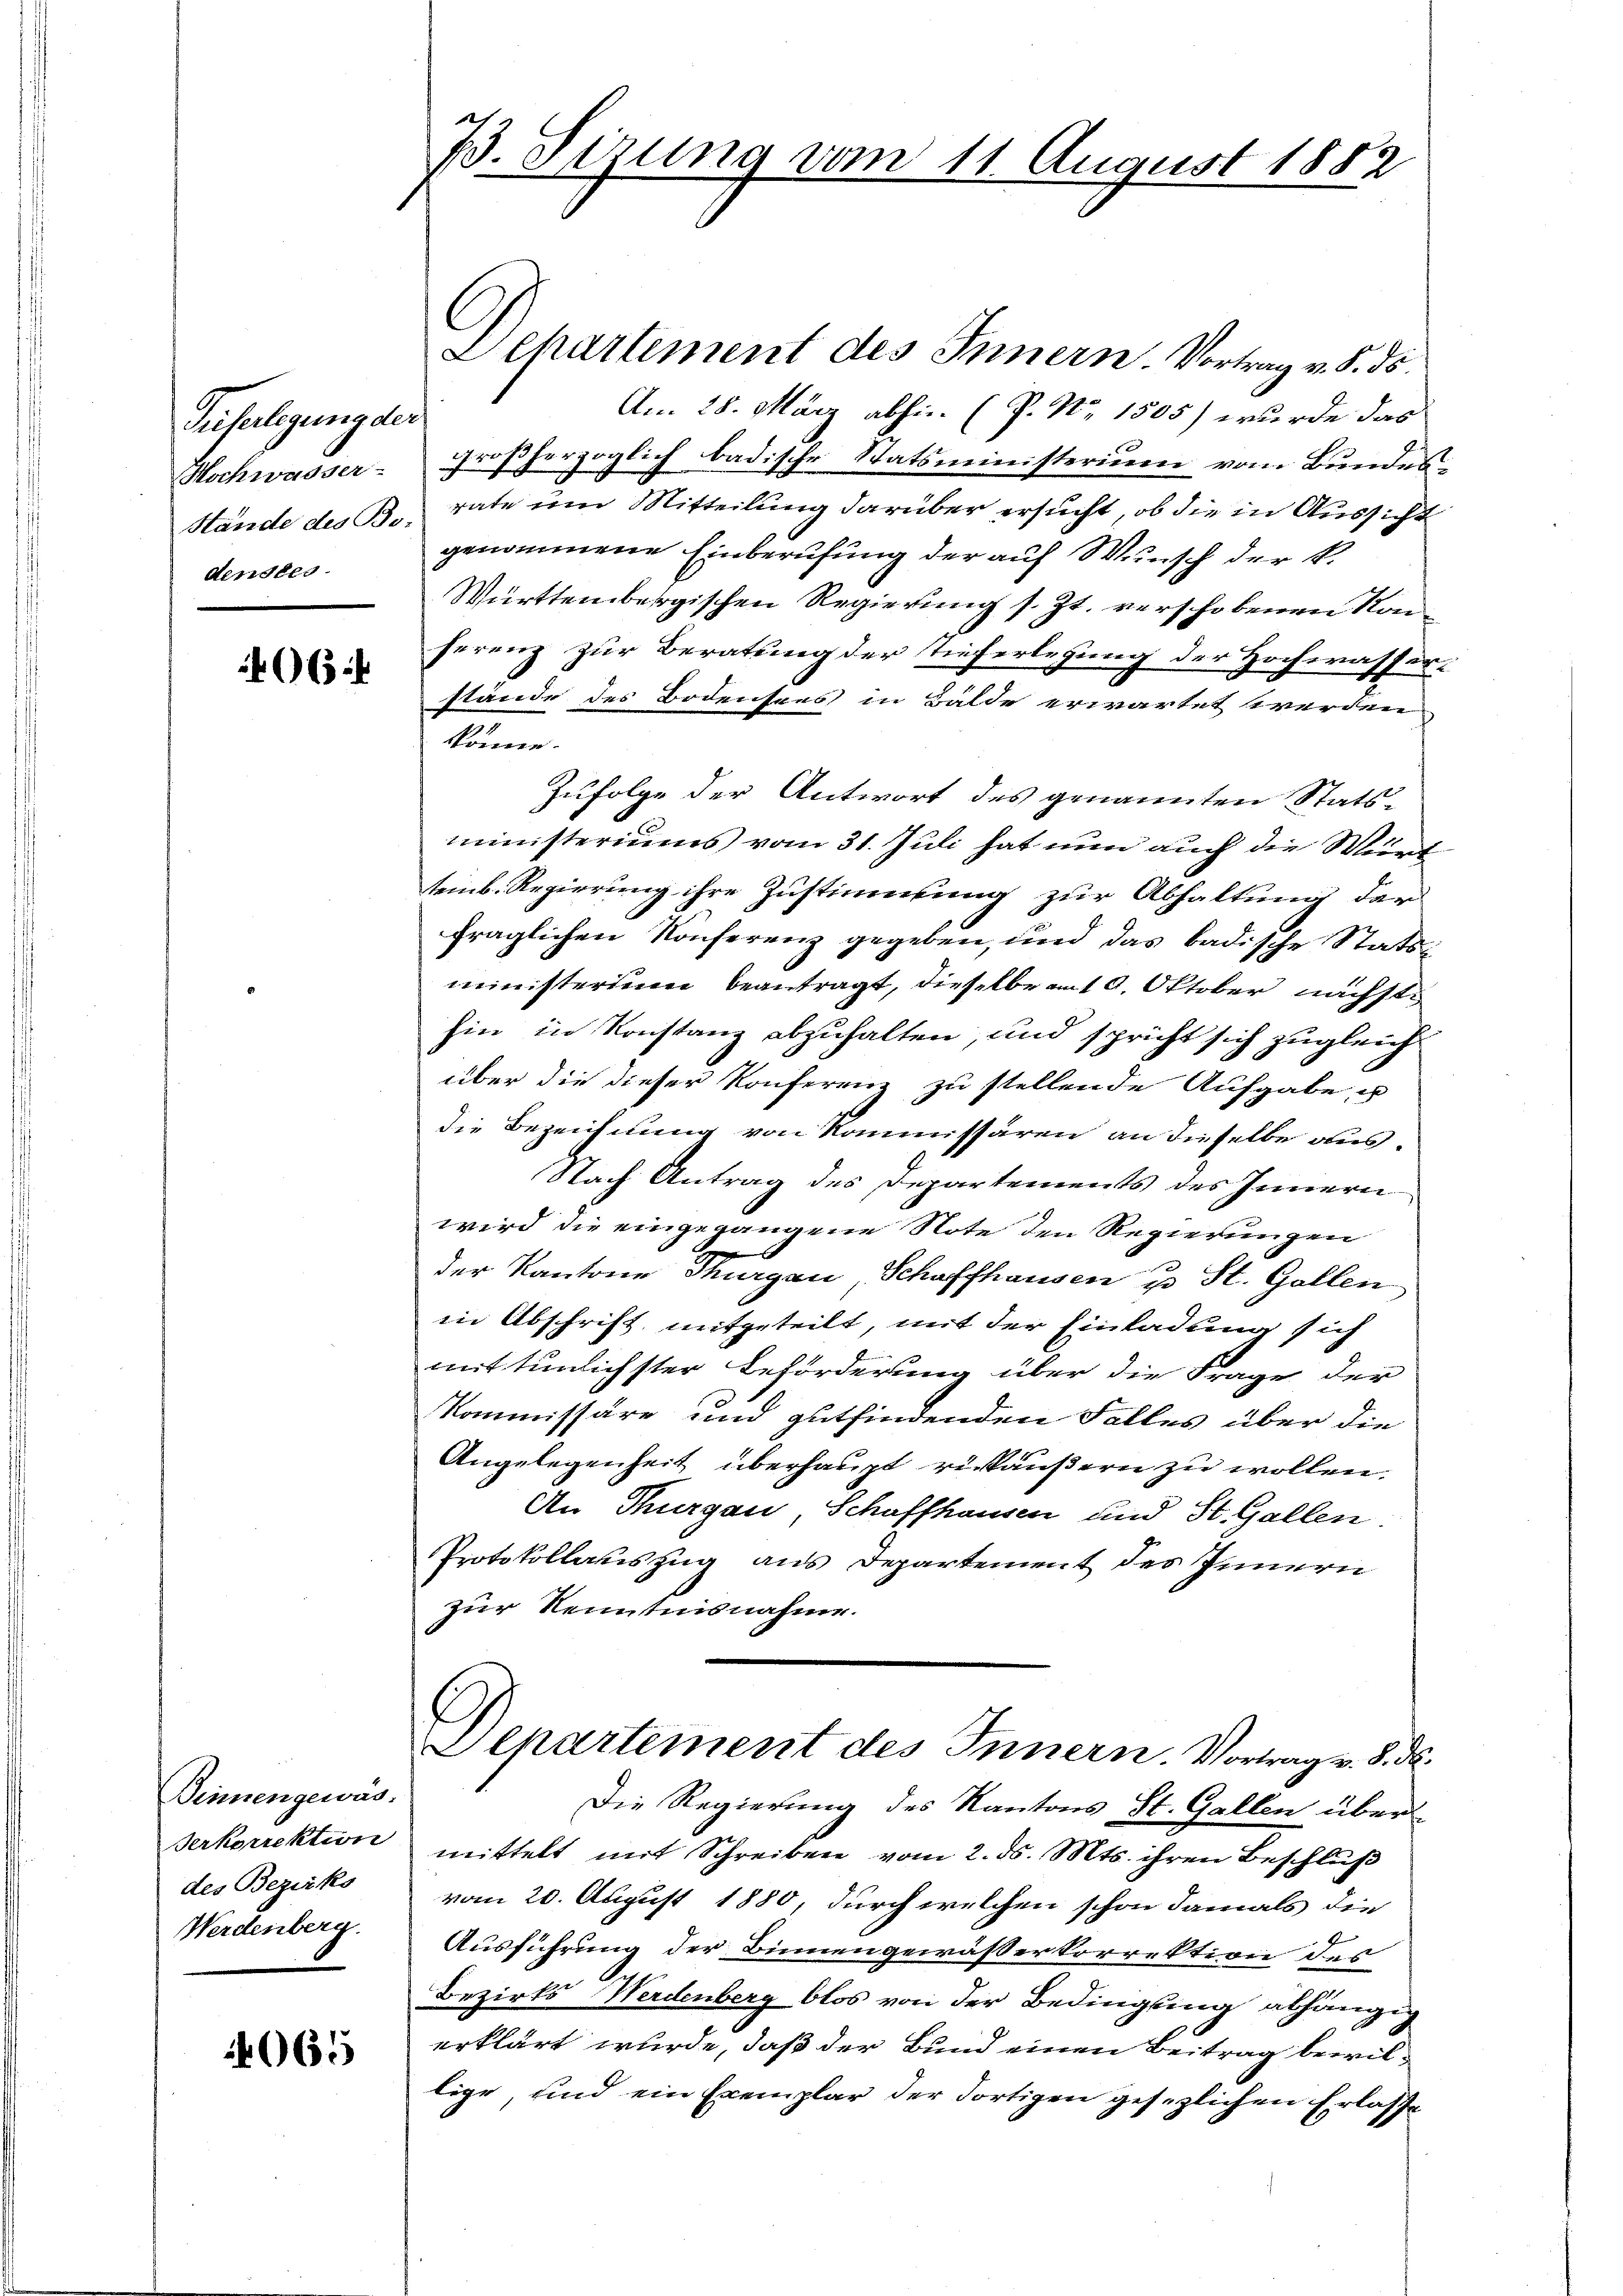
Tiberlegung der
Mochwasser-
denstes

466.

Dinnengewäs-
Serkorrektion
des Bezirks
Werdenberg.

4065

73. Sizung vom 11. August 1882

Lepartement des Innern. Vortrag v. 5. ds.
Am 28. März abhin (P. Nr. 1505) wurde das
großherzoglich badische Statsministerium vom Bundes¬
Stände des B. tate um Mitteilung darüber ersucht, ob die in Aussicht
genommene Einberufung der auf Wunsch der k.
Württembergischen Regierung s. Zt. verschobenen Kon
ferenz zur Beratung der Tieferlegung der Hocherasserstände des Bodensees in Bälde erwartet werden
könne.
Zufolge der Antwort des genannten Statsministeriums vom 31. Juli hat nun auch die Wirt
teinb. Regierung ihre Zustimmung zur Abhaltung der
fraglichen Konferenz gegeben, und das badische Statsministerium beantragt, dieselbe mit 9. Oktober nächste
hin in Konstanz abzuhalten, und spricht sich zugleich
über die dieser Konferenz zu stellende Aufgabe u
die Bezeichnung von Kommissären an dieselbe aus-
Nach Antrag des Departements des Innern
wird die eingegangene Note den Regierungen
der Kantone Thurgau Schaffhausen u St. Gallen
in Abschrift mitgeteilt, mit der Einladung sich
mit tunlichster Beförderung über die Frage der
Kommissäre und gutfindenden Falles über die
Angelegenheit überhaupt risäußern zu wollen.
An Thurgau, Schaffhausen und St. Gallen.
Protokollauszug aus Departement des Innern
zur Kenntnisnahme.
l
Separtement des Innern. Vortrag v. 8. d.
Die Regierung des Kantons St. Gallen übermittelt mit Schreiben vom 2. ds. Mts. ihren Beschluß
vom 20. August 1880, durch welchen schon damals die
Ausführung der Binnengewässerkorrektion des
Bezirks Werdenberg blos von der Bedingung abhängig
erklärt wurde, daß der Bund einen Beitrag bewillige, und ein Exemplar der dortigen gesezlichen Erlasse